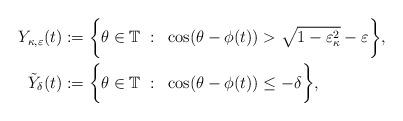
LaTeX: \begin{align*} Y_{\kappa,\varepsilon}(t)&:=\bigg\{ \theta\in\mathbb{T} ~ : ~ \cos(\theta-\phi(t))>\sqrt{1-\varepsilon{}_{\kappa}^{2}}-\varepsilon \bigg\}, \cr\tilde{Y}_{\delta}(t) &:=\bigg\{\theta\in\mathbb{T} ~ : ~ \cos(\theta-\phi(t))\leq-\delta \bigg\},\end{align*}